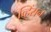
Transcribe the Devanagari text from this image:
व्हिंसन